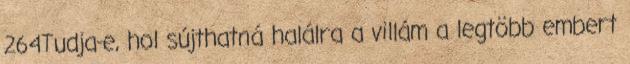
264Tudja-e, hol sújthatná halálra a villám a legtöbb embert